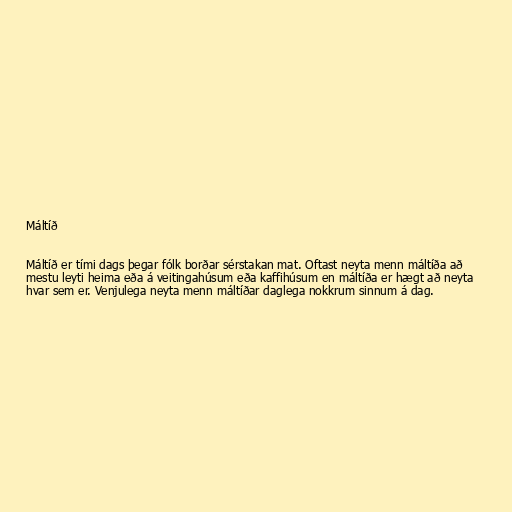
Máltíð

Máltíð er tími dags þegar fólk borðar sérstakan mat. Oftast neyta menn máltíða að
mestu leyti heima eða á veitingahúsum eða kaffihúsum en máltíða er hægt að neyta
hvar sem er. Venjulega neyta menn máltíðar daglega nokkrum sinnum á dag.